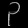
Digit: ၃